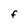
Character: F